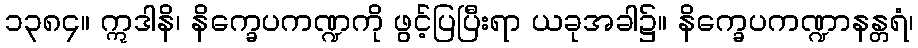
၁၃၈၄။ ဣဒါနိ၊ နိက္ခေပကဏ္ဍကို ဖွင့်ပြပြီးရာ ယခုအခါ၌။ နိက္ခေပကဏ္ဍာနန္တရံ၊